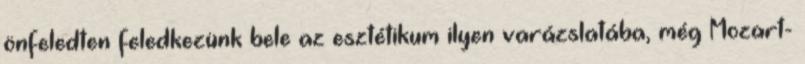
önfeledten feledkezünk bele az esztétikum ilyen varázslatába, még Mozart-